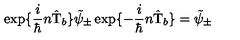
\exp \{ \frac { i } { \hbar } n \hat { \mathrm { T } } _ { b } \} \tilde { \psi } _ { \pm } \exp \{ - \frac { i } { \hbar } n \hat { \mathrm { T } } _ { b } \} = \tilde { \psi } _ { \pm }